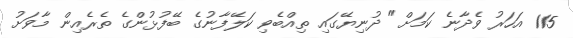
115 އަހަރު ވެދާނެ ކަމަށް" ދުނިޔޭގައި ތިއްބެވި ކަލޭފާނުގެ ބޭފުޅުންގެ ތެރެއިން މާވަށު